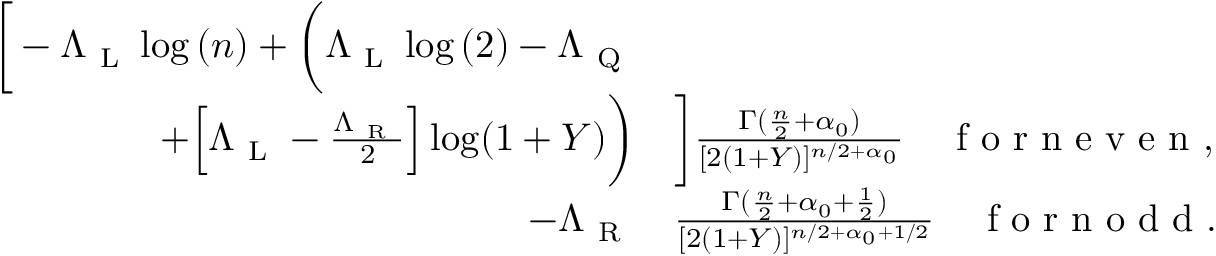
\begin{array} { r l } { \bigg [ - \Lambda _ { \mathrm { ~ L ~ } } \log { ( n ) } + \bigg ( \Lambda _ { \mathrm { ~ L ~ } } \log { ( 2 ) } - \Lambda _ { \mathrm { ~ Q ~ } } } & { { } } \\ { + \Big [ \Lambda _ { \mathrm { ~ L ~ } } - \frac { \Lambda _ { \mathrm { ~ R ~ } } } { 2 } \Big ] \log ( 1 + Y ) \bigg ) } & { { } \bigg ] \frac { \Gamma ( \frac { n } { 2 } + \alpha _ { 0 } ) } { [ 2 ( 1 + Y ) ] ^ { n / 2 + \alpha _ { 0 } } } \quad \mathrm { ~ f ~ o ~ r ~ n ~ e ~ v ~ e ~ n ~ } , } \\ { - \Lambda _ { \mathrm { ~ R ~ } } } & { { } \frac { \Gamma ( \frac { n } { 2 } + { \alpha _ { 0 } + \frac { 1 } { 2 } } ) } { [ 2 ( 1 + Y ) ] ^ { n / 2 + { \alpha _ { 0 } + 1 / 2 } } } \quad \mathrm { ~ f ~ o ~ r ~ n ~ o ~ d ~ d ~ } . } \end{array}